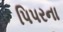
પિપરના